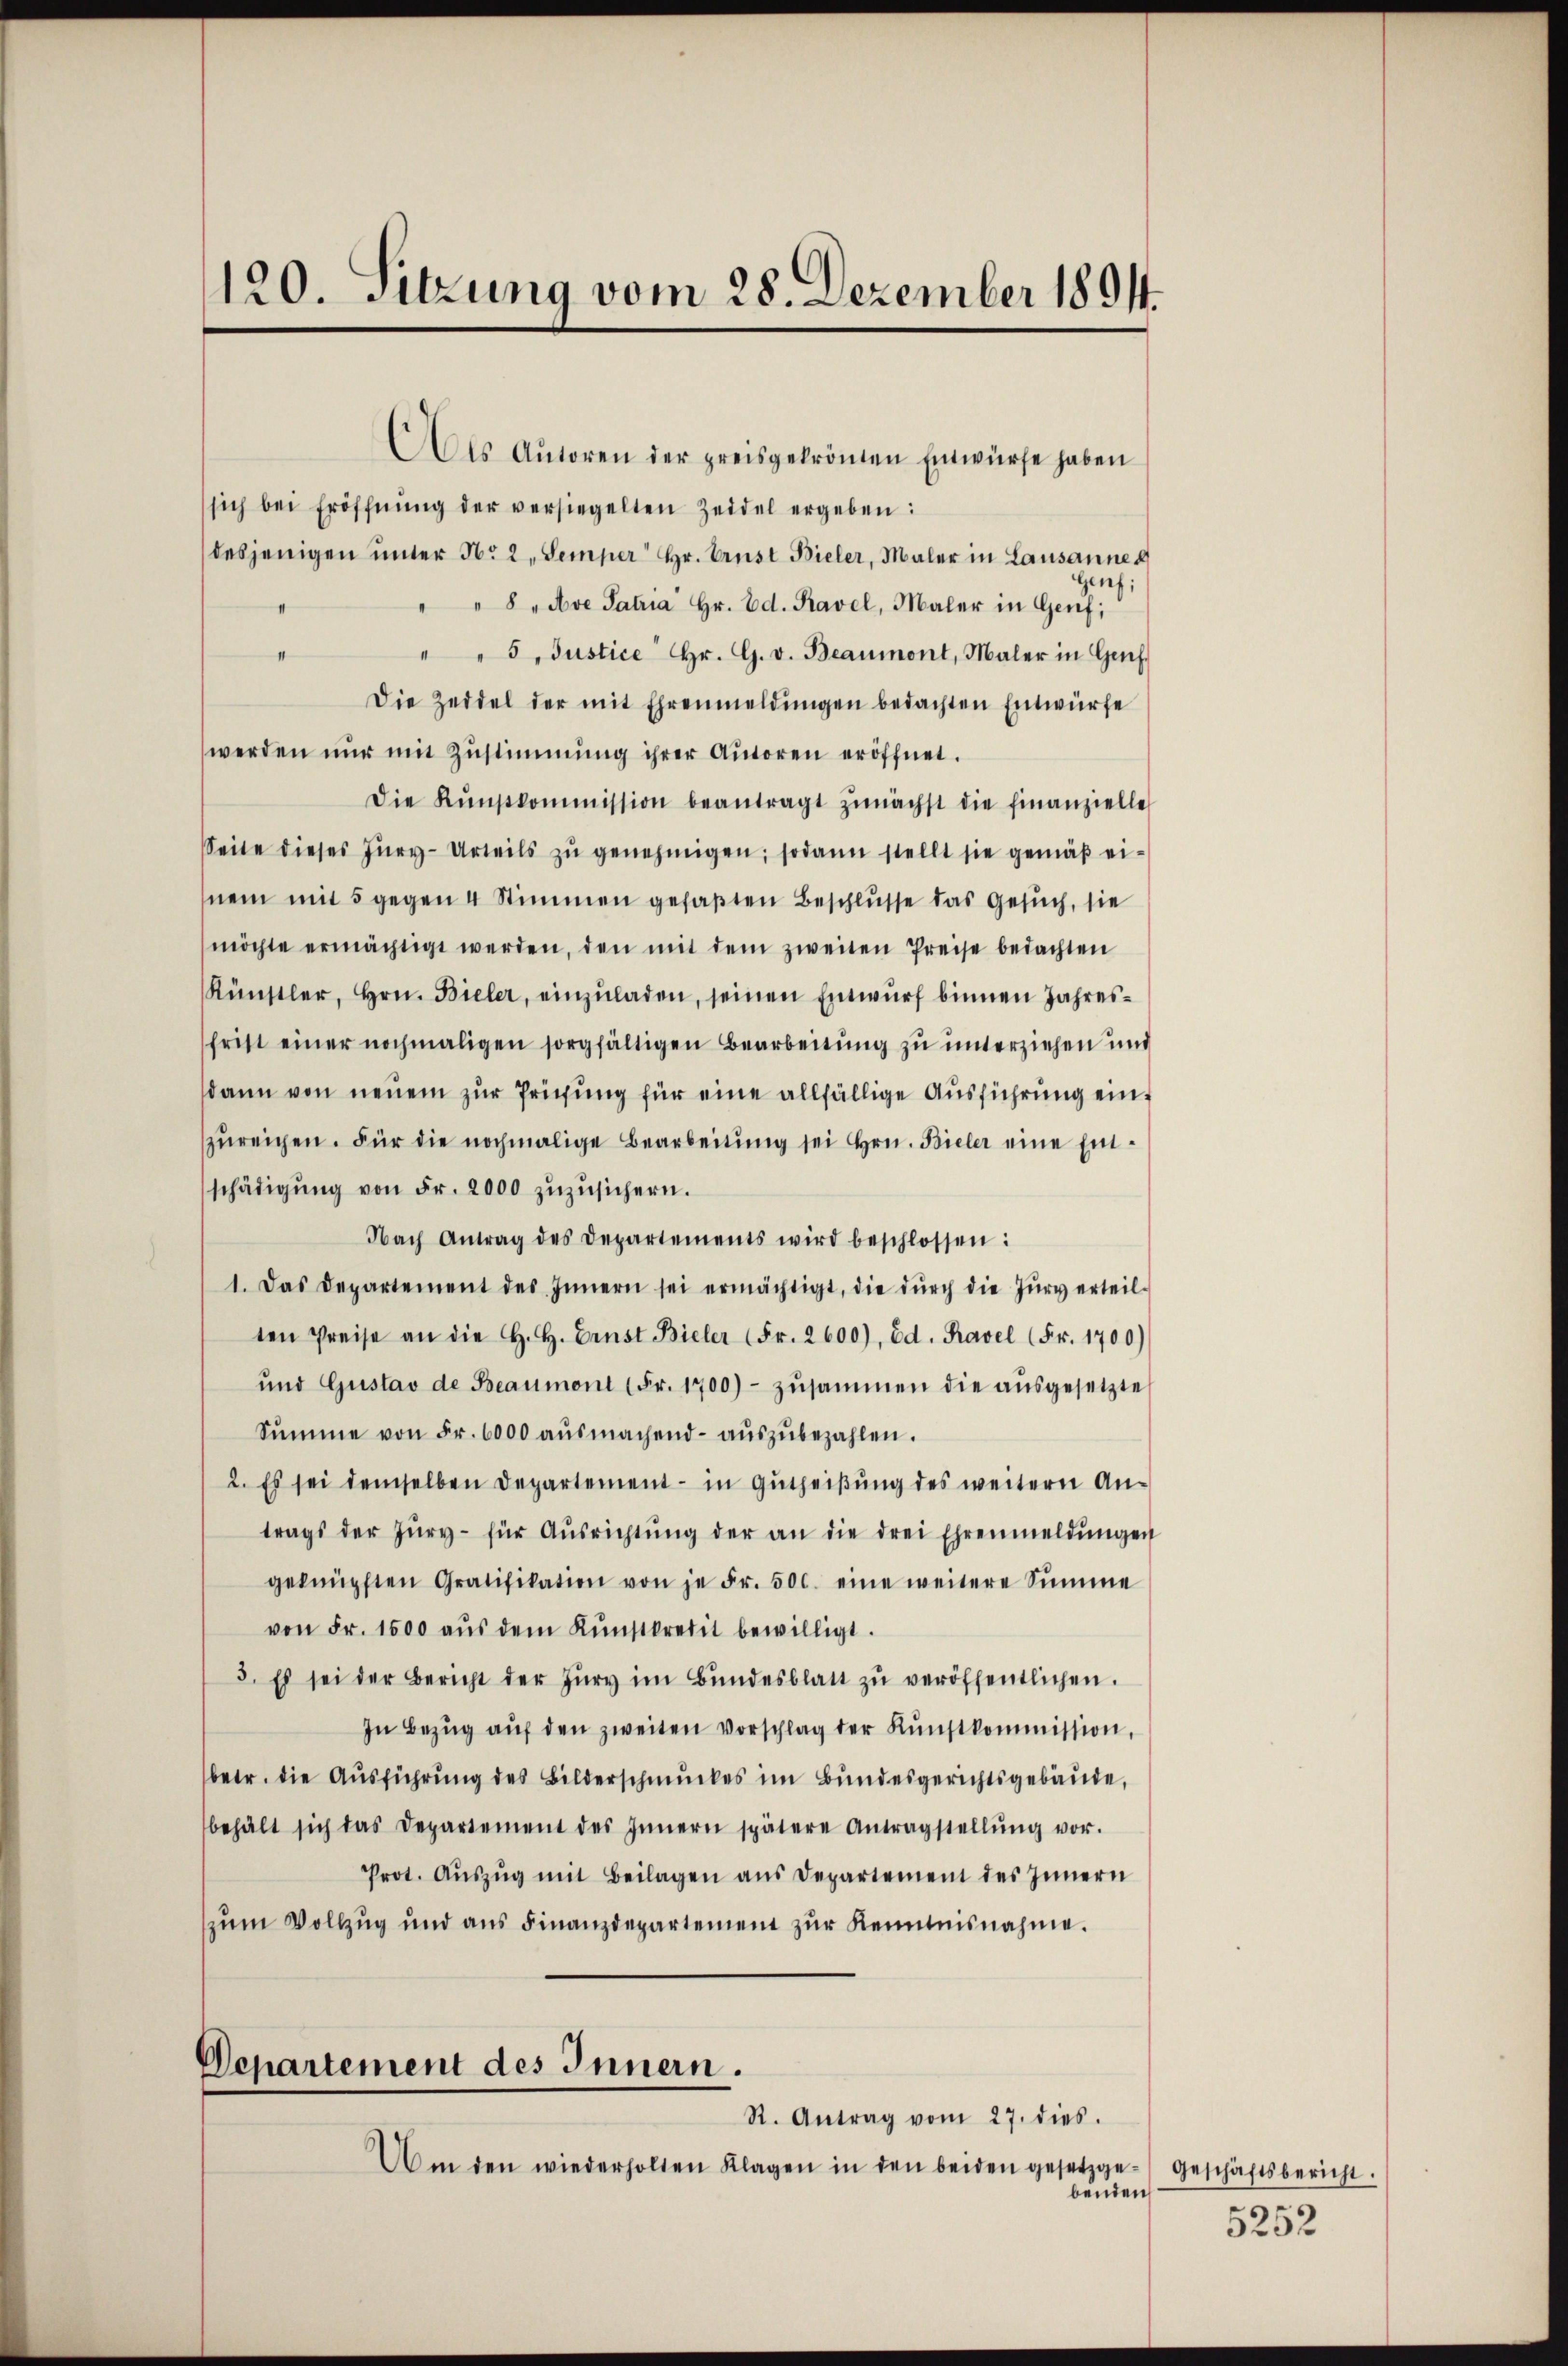
120. Sitzung vom 28. Dezember 1891.

Als Aŭtoren der preisgekrönten Entwürfe haben
sich bei Eröffnŭng der versiegelten Zeddel ergeben:
desjenigen ŭnter No 2, Semper Hr. Ernst Bieler, Maler in Lausannes
enf;
" " 8 „Ave Patria Hr. Ed. Ravel, Maler in Genf;
" " 5. Justice Hr. G. v. Beaumont, Maler in Gef
Die Zeidel der mit Ehrenmeldŭngen bedachten Entwürfe
werden nŭr mit Zŭstimmung ihrer Autoren eröffnet.
Die Kŭnstkommission beantragt zŭnächst die finanzielle
Seite dieses Jŭry-Urteils zŭ genehmigen; sodann stellt sie gemäß einem mit 5 gegen 4 Stimmen gefaßten Beschlusse das Gesuch, sie
möchte ermächtigt werden, den mit dem zweiten Preise bedachten
Künstler, Hrn. Bieler, einzŭladen, seinen Entwurf binnen Jahresfrist einer nochmaligen sorgfältigen Bearbeitung zu unterziehen und
sdann von neuem zur Prechung für eine allfällige Ausführung einzŭreichen. Für die nochmalige Bearbeitŭng sei hrn. Bieler eine Ent-
schädigŭng von Fr. 2000 zŭzŭsichern.
Nach Antrag des Departements wird beschlossen:
1. Das Departement des Innern sei ermächtigt, die dŭrch die Zŭry erteil-
ten Preise an die H. H. Ernst Bieler (Fr. 2600), Ed. Ravel (Fr. 1700)
ŭnd Gustav de Beaumont (Fr. 1700)- zŭsammen die aŭsgesetzte
Sŭmme von Fr. 6000 aŭsmachend aŭszŭbezahlen.
2. Es sei demselben Departement in Gŭtheiβŭng des weitern An-
trags der Zŭry- für Aŭsrichtŭng der an die drei Ehrenmeldŭngen
geknüpften Gratifikation von je Fr. 500. eine weitere Summe
von Fr. 1500 aŭs dem Kŭnstkredit bewilligt.
3. Es sei der Bericht der Zŭry im Bŭndesblatt zŭ veröffentlichen.
In Bezŭg aŭf den zweiten Vorschlag der Kŭnstkommission,
betr. die Aŭsführŭng des Bilderschmuckes im Bundesgerichtsgebäude,
behält sich das Departement des Innern spätere Antragstellŭng vor.
Prot. Aŭszŭg mit Beilagen aus Departement des Innern
zŭm Vollzug und ans Finanzdepartement zŭr Kenntnisnahme.
Departement des Innern.
R. Antrag vom 27. dies.
Am den wiederholten Klagen in den beiden gesetzge-Geschäftsbericht.
benden

5252